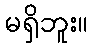
မရှိဘူး။